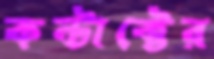
কন্টাক্টের